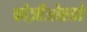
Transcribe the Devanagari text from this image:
कोज़ीओस्को